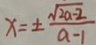
x = \pm \frac { \sqrt { 2 a - 2 } } { a - 1 }